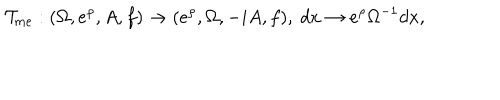
{ \cal T } _ { m e } : ( \Omega , e ^ { \rho } , A , f ) \rightarrow ( e ^ { \rho } , \Omega , - i A , f ) , ~ d x \rightarrow e ^ { \rho } \Omega ^ { - 1 } d x ,